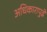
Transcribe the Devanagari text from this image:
अधिकारापुढे